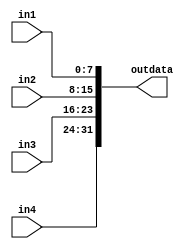
///////////////////////////////////////////////////////////////////////////////////////////////////
// Company: <Name>
//
// File history:
//      <Revision number>: <Date>: <Comments>
//      <Revision number>: <Date>: <Comments>
//      <Revision number>: <Date>: <Comments>
//
// Description: 
//
// <Description here>
//
// Targeted device: <Family::IGLOO2> <Die::M2GL025> <Package::256 VF>
//
/////////////////////////////////////////////////////////////////////////////////////////////////// 

//`timescale <time_units> / <precision>

module dmem_collector( in1,in2,in3,in4,outdata );
input[7:0] in1,in2,in3,in4;
output[31:0] outdata;

assign outdata={in4,in3,in2,in1};
//<statements>

endmodule